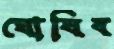
ঘোষিব